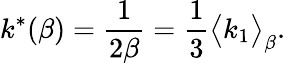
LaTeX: k^{*}(\beta)=\frac{1}{2\beta}=\frac{1}{3}\big<k_{1}\big>_{\beta}.